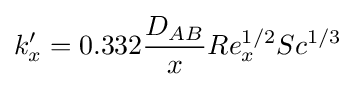
k'_{x}=0.332{D_{AB} \over x}Re_{x}^{1/2}Sc^{1/3}